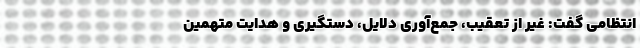
انتظامی گفت: غیر از تعقیب، جمع‌آوری دلایل، دستگیری و هدایت متهمین